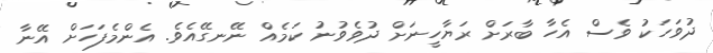
ދުވަހަކު ވެސް އެހާ ބާރަށް ރަޔާހީނަށް ދުވެވުނު ކަމެއް ނޭނގޭއެވެ. އެންމެފަހަށް އޭނާ